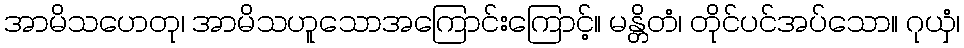
အာမိသဟေတု၊ အာမိသဟူသောအကြောင်းကြောင့်။ မန္တိတံ၊ တိုင်ပင်အပ်သော။ ဂုယှံ၊